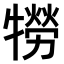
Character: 𤛮